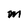
Character: m